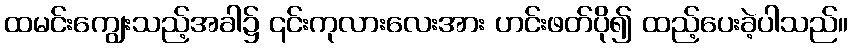
ထမင်းကျွေးသည့်အခါ၌ ၎င်းကုလားလေးအား ဟင်းဖတ်ပို၍ ထည့်ပေးခဲ့ပါသည်။